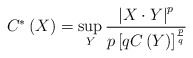
\begin{align*}C^{\ast}\left( X\right) =\sup_{Y}\frac{\left\vert X\cdot Y\right\vert ^{p}}{p\left[ qC\left( Y\right) \right] ^{\frac{p}{q}}}\end{align*}